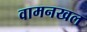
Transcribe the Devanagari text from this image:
वामनखल